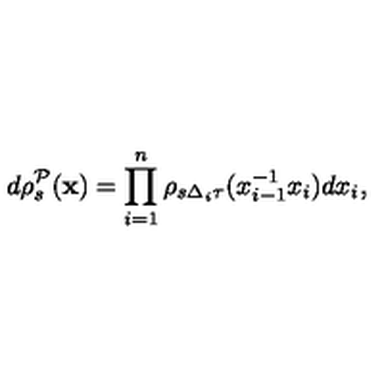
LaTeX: d \rho _ { s } ^ { \mathcal { P } } ( \mathbf { x } ) = \prod _ { i = 1 } ^ { n } \rho _ { s \Delta _ { i } \tau } ( x _ { i - 1 } ^ { - 1 } x _ { i } ) d x _ { i } ,